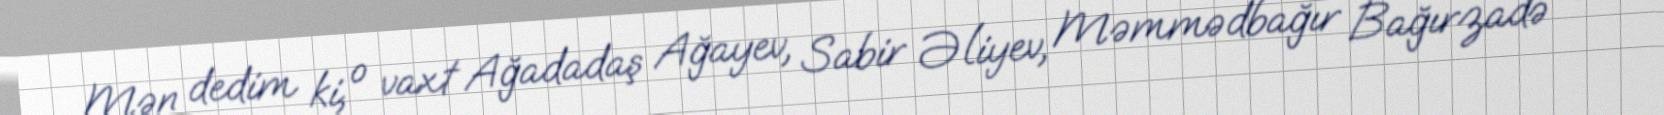
Mən dedim ki, o vaxt Ağadadaş Ağayev, Sabir Əliyev, Məmmədbağır Bağırzadə və